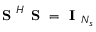
\textbf { S } ^ { H } \textbf { S } = \textbf { I } _ { N _ { s } }